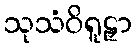
သုသံဝိရူဠှာ